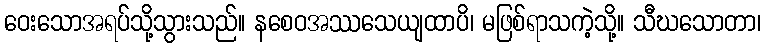
ဝေးသောအရပ်သို့သွားသည်။ နစေဝအဿသေယျထာပိ၊ မဖြစ်ရာသကဲ့သို့။ သီဃသောတာ၊